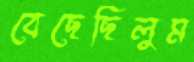
বেছেছিলুম